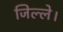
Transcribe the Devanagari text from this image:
जिल्ले।